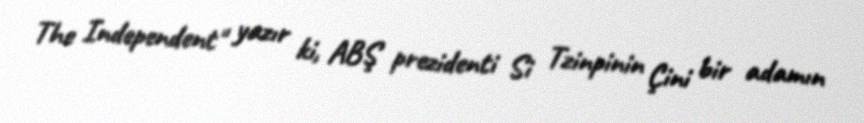
The Independent" yazır ki, ABŞ prezidenti Si Tzinpinin Çini bir adamın